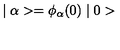
\mid \alpha > = \phi _ { \alpha } ( 0 ) \mid 0 >